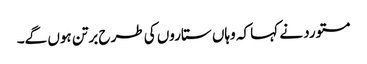
مستورد نے کہا کہ وہاں ستاروں کی طرح برتن ہوں گے۔